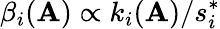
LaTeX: \beta_{i}(\mathbf{A})\propto k_{i}(\mathbf{A})/s_{i}^{*}